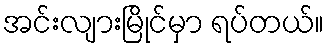
အင်းလျားမြိုင်မှာ ရပ်တယ်။